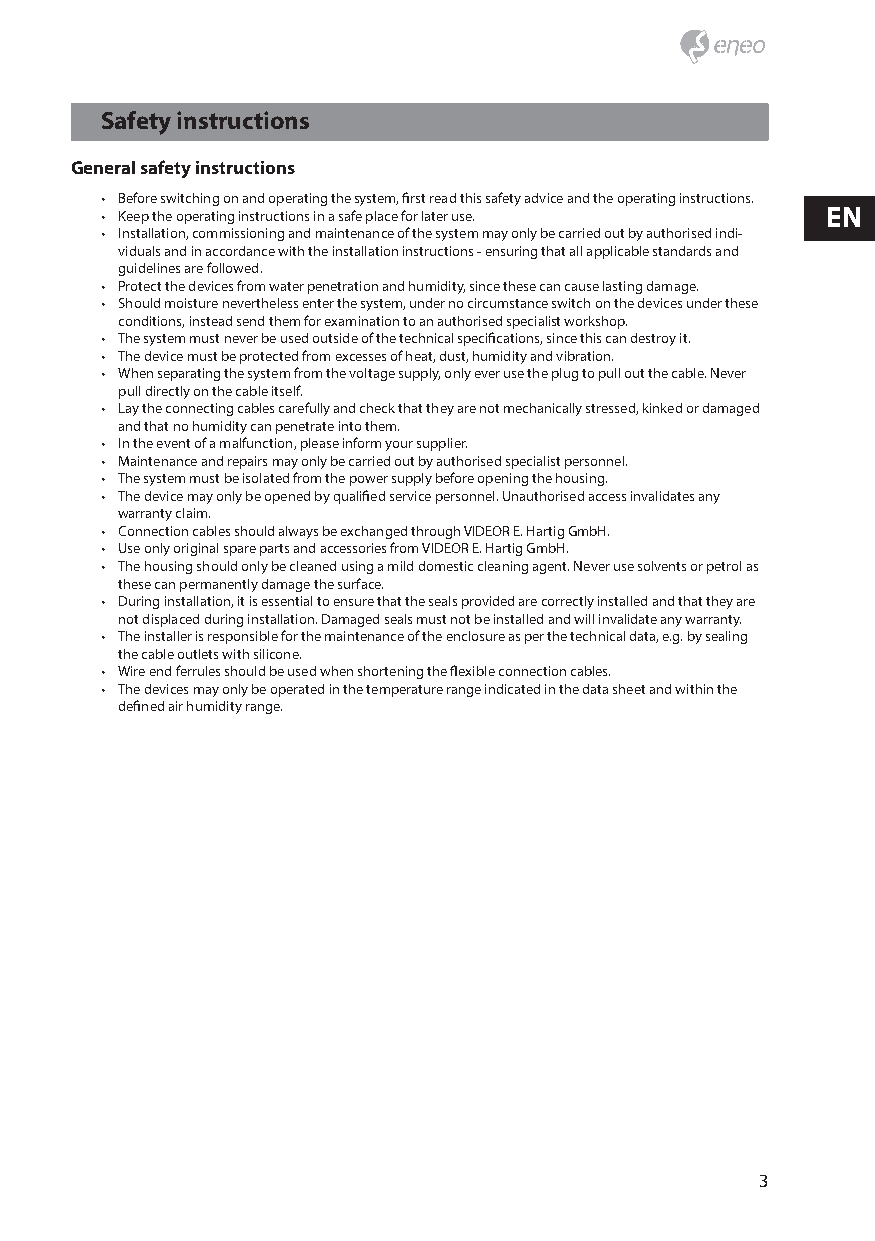
Safety instructions
 General safety instructions
 • Before switching on and operating the system, first read this safety advice and the operating instructions.
 • Keep the operating instructions in a safe place for later use. EN
 • Installation, commissioning and maintenance of the system may only be carried out by authorised indi-
 viduals and in accordance with the installation instructions - ensuring that all applicable standards and
 guidelines are followed.
 • Protect the devices from water penetration and humidity, since these can cause lasting damage.
 • Should moisture nevertheless enter the system, under no circumstance switch on the devices under these
 conditions, instead send them for examination to an authorised specialist workshop.
 • The system must never be used outside of the technical specifications, since this can destroy it.
 • The device must be protected from excesses of heat, dust, humidity and vibration.
 • When separating the system from the voltage supply, only ever use the plug to pull out the cable. Never
 pull directly on the cable itself.
 • Lay the connecting cables carefully and check that they are not mechanically stressed, kinked or damaged
 and that no humidity can penetrate into them.
 • In the event of a malfunction, please inform your supplier.
 • Maintenance and repairs may only be carried out by authorised specialist personnel.
 • The system must be isolated from the power supply before opening the housing.
 • The device may only be opened by qualified service personnel. Unauthorised access invalidates any
 warranty claim.
 • Connection cables should always be exchanged through VIDEOR E. Hartig GmbH.
 • Use only original spare parts and accessories from VIDEOR E. Hartig GmbH.
 • The housing should only be cleaned using a mild domestic cleaning agent. Never use solvents or petrol as
 these can permanently damage the surface.
 • During installation, it is essential to ensure that the seals provided are correctly installed and that they are
 not displaced during installation. Damaged seals must not be installed and will invalidate any warranty.
 • The installer is responsible for the maintenance of the enclosure as per the technical data, e.g. by sealing
 the cable outlets with silicone.
 • Wire end ferrules should be used when shortening the flexible connection cables.
 • The devices may only be operated in the temperature range indicated in the data sheet and within the
 defined air humidity range.
 3